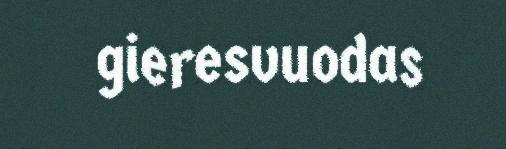
gieresvuodas